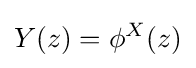
Y(z)=\phi ^{X}(z)